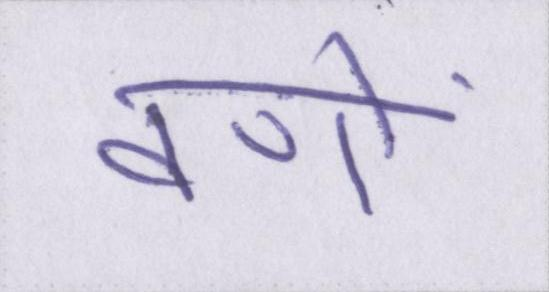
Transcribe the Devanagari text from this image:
वणों